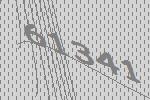
61341